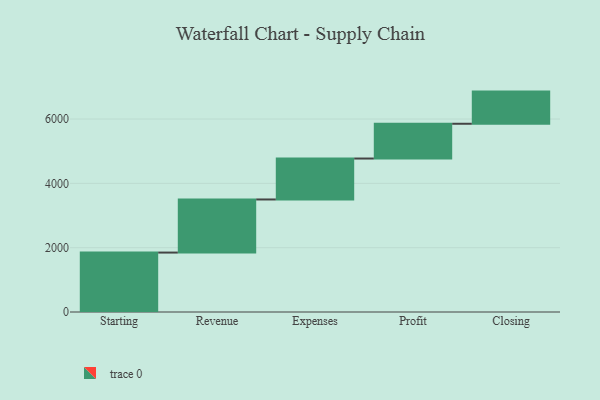
{"axis": {"x": "Step", "y": "Value"}, "legend": [""], "data": [{"x": "Starting", "y": 1848.0, "type": ""}, {"x": "Revenue", "y": 1651.0, "type": ""}, {"x": "Expenses", "y": 1273.0, "type": ""}, {"x": "Profit", "y": 1081.0, "type": ""}, {"x": "Closing", "y": 1000, "type": ""}]}